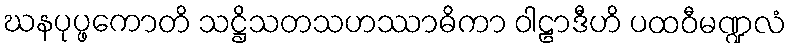
ဃနပုပ္ဖကောတိ သဋ္ဌိသတသဟဿာဓိကာ ဝါဠာဒီဟိ ပထဝီမဏ္ဍလံ